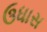
ઉધાસ